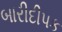
બારીદીપક